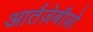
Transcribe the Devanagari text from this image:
आर्तज़ेबीज़ो